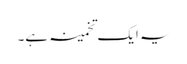
یہ ایک تخمینہ ہے۔